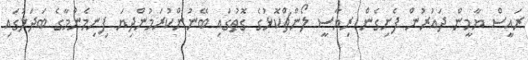
ރައީސް ޔާމީން ދައުރުން ފެށިގެން ރިޔާސީ ލޯންޗްކޮޅުގެ ގޮތުގައި ބޭނުންކުރަމުންދިޔަ ފިނިމެންމާގެ ބަދަލުގައި